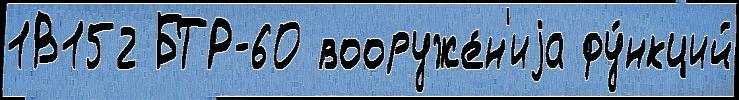
1В152 БТР-60 вооруже́н'иjа фу́нкций